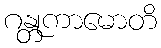
ဂန္တုကာမောတိ